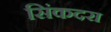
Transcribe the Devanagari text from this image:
सिंकदरा